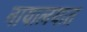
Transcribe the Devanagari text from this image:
नायालयात